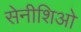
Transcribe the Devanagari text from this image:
सेनीशिओ